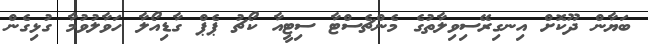
ބަޔާން ދޫކޮށް އިނގިރޭސިވިލާތުގެ މެންޗެސްޓާ ސިޓީއާ ކޯޗު ޕެޕް ގާޑިއޯލާ ހަވާލުވުމާ ގުޅިގެން